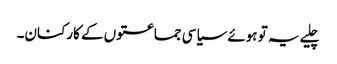
چلیے یہ تو ہوئے سیاسی جماعتوں کے کارکنان۔